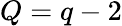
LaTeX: Q=q-2